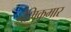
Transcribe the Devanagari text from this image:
नेमिकुमार